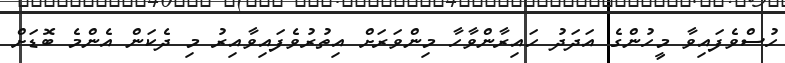
ހުސްވެފައިވާ މީހުންގެ އަދަދު ހައިރާންވާހާ މިންވަރަށް އިތުރުވެފައިވާއިރު މި ދެކަން އެންމެ ބޮޑަށް